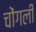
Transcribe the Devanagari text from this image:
चोंगली